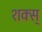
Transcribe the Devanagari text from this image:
शक्स्